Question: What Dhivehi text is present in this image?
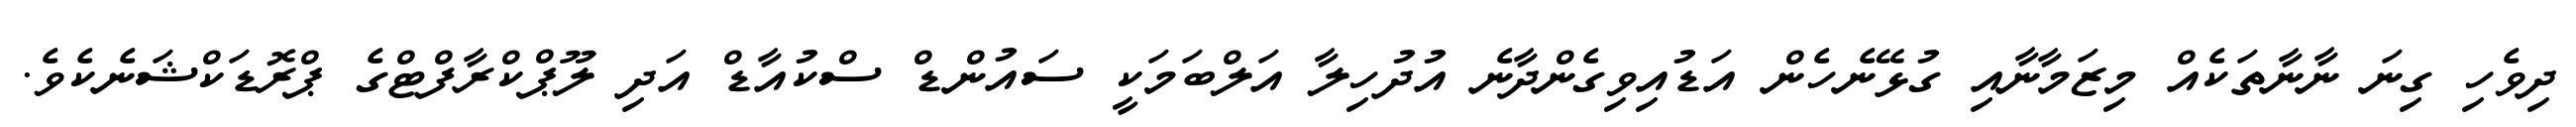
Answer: ދިވެހި ގިނަ ނާނާތަކެއް މިޒަމާނާއި ގުޅޭނެހެން އަޑުއިވިގެންދާނެ އުދުހިލާ އަލްބަމަކީ ސައުންޑް ސްކުއާޑް އަދި ލޫޕްކްރާފްޓްގެ ޕްރޮޑަކްޝަނެކެވެ.